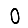
Digit: 0